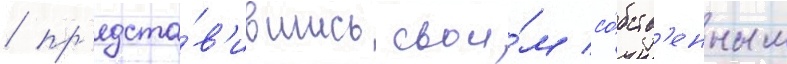
/ пр'едста́в'ившись свои́м со́бств'енным